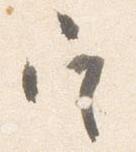
定